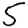
Digit: 5